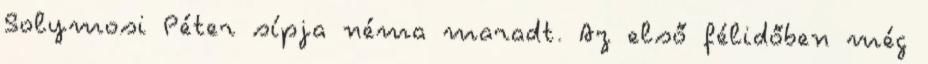
Solymosi Péter sípja néma maradt. Az első félidőben még